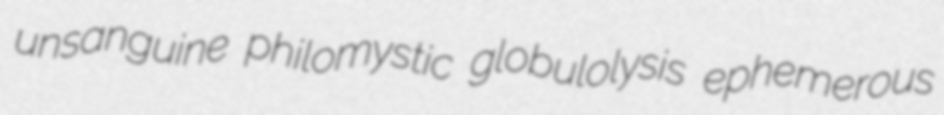
unsanguine philomystic globulolysis ephemerous